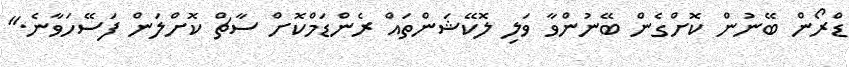
ޑްރޯން ބޭނުން ކޮށްގެން ބޭނުންވާ ވަލި ލޮކޭޝަންތައް ރެންޑަމްކޮށް ސާޗް ކޮށްލަން ފަސޭހަވާނެ."